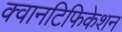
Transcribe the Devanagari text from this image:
क्वानटिफिकेशन